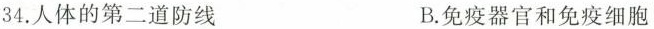
34.人体的第二道防线 B.免疫器官和免疫细胞